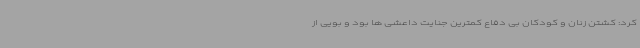
کرد: کشتن زنان و کودکان بی دفاع کمترین جنایت داعشی ها بود و بویی از